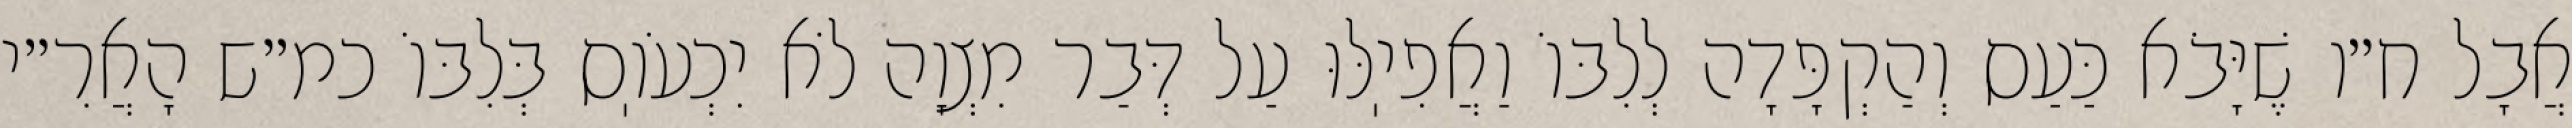
אֲבָל ח״ו שֶׁיָּבֹא כַּעַס וְהַקְפָּדָה לְלִבּוֹ וַאֲפִיֽלּוּ עַל דְּבַר מִצְוָה לֹא יִכְעֹוֽס בְּלִבּוֹ כמ״ש הָאֲרִ״י